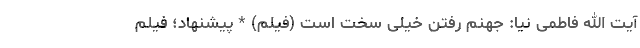
آیت الله فاطمی نیا: جهنم رفتن خیلی سخت است (فیلم) * پیشنهاد؛ فیلم‌